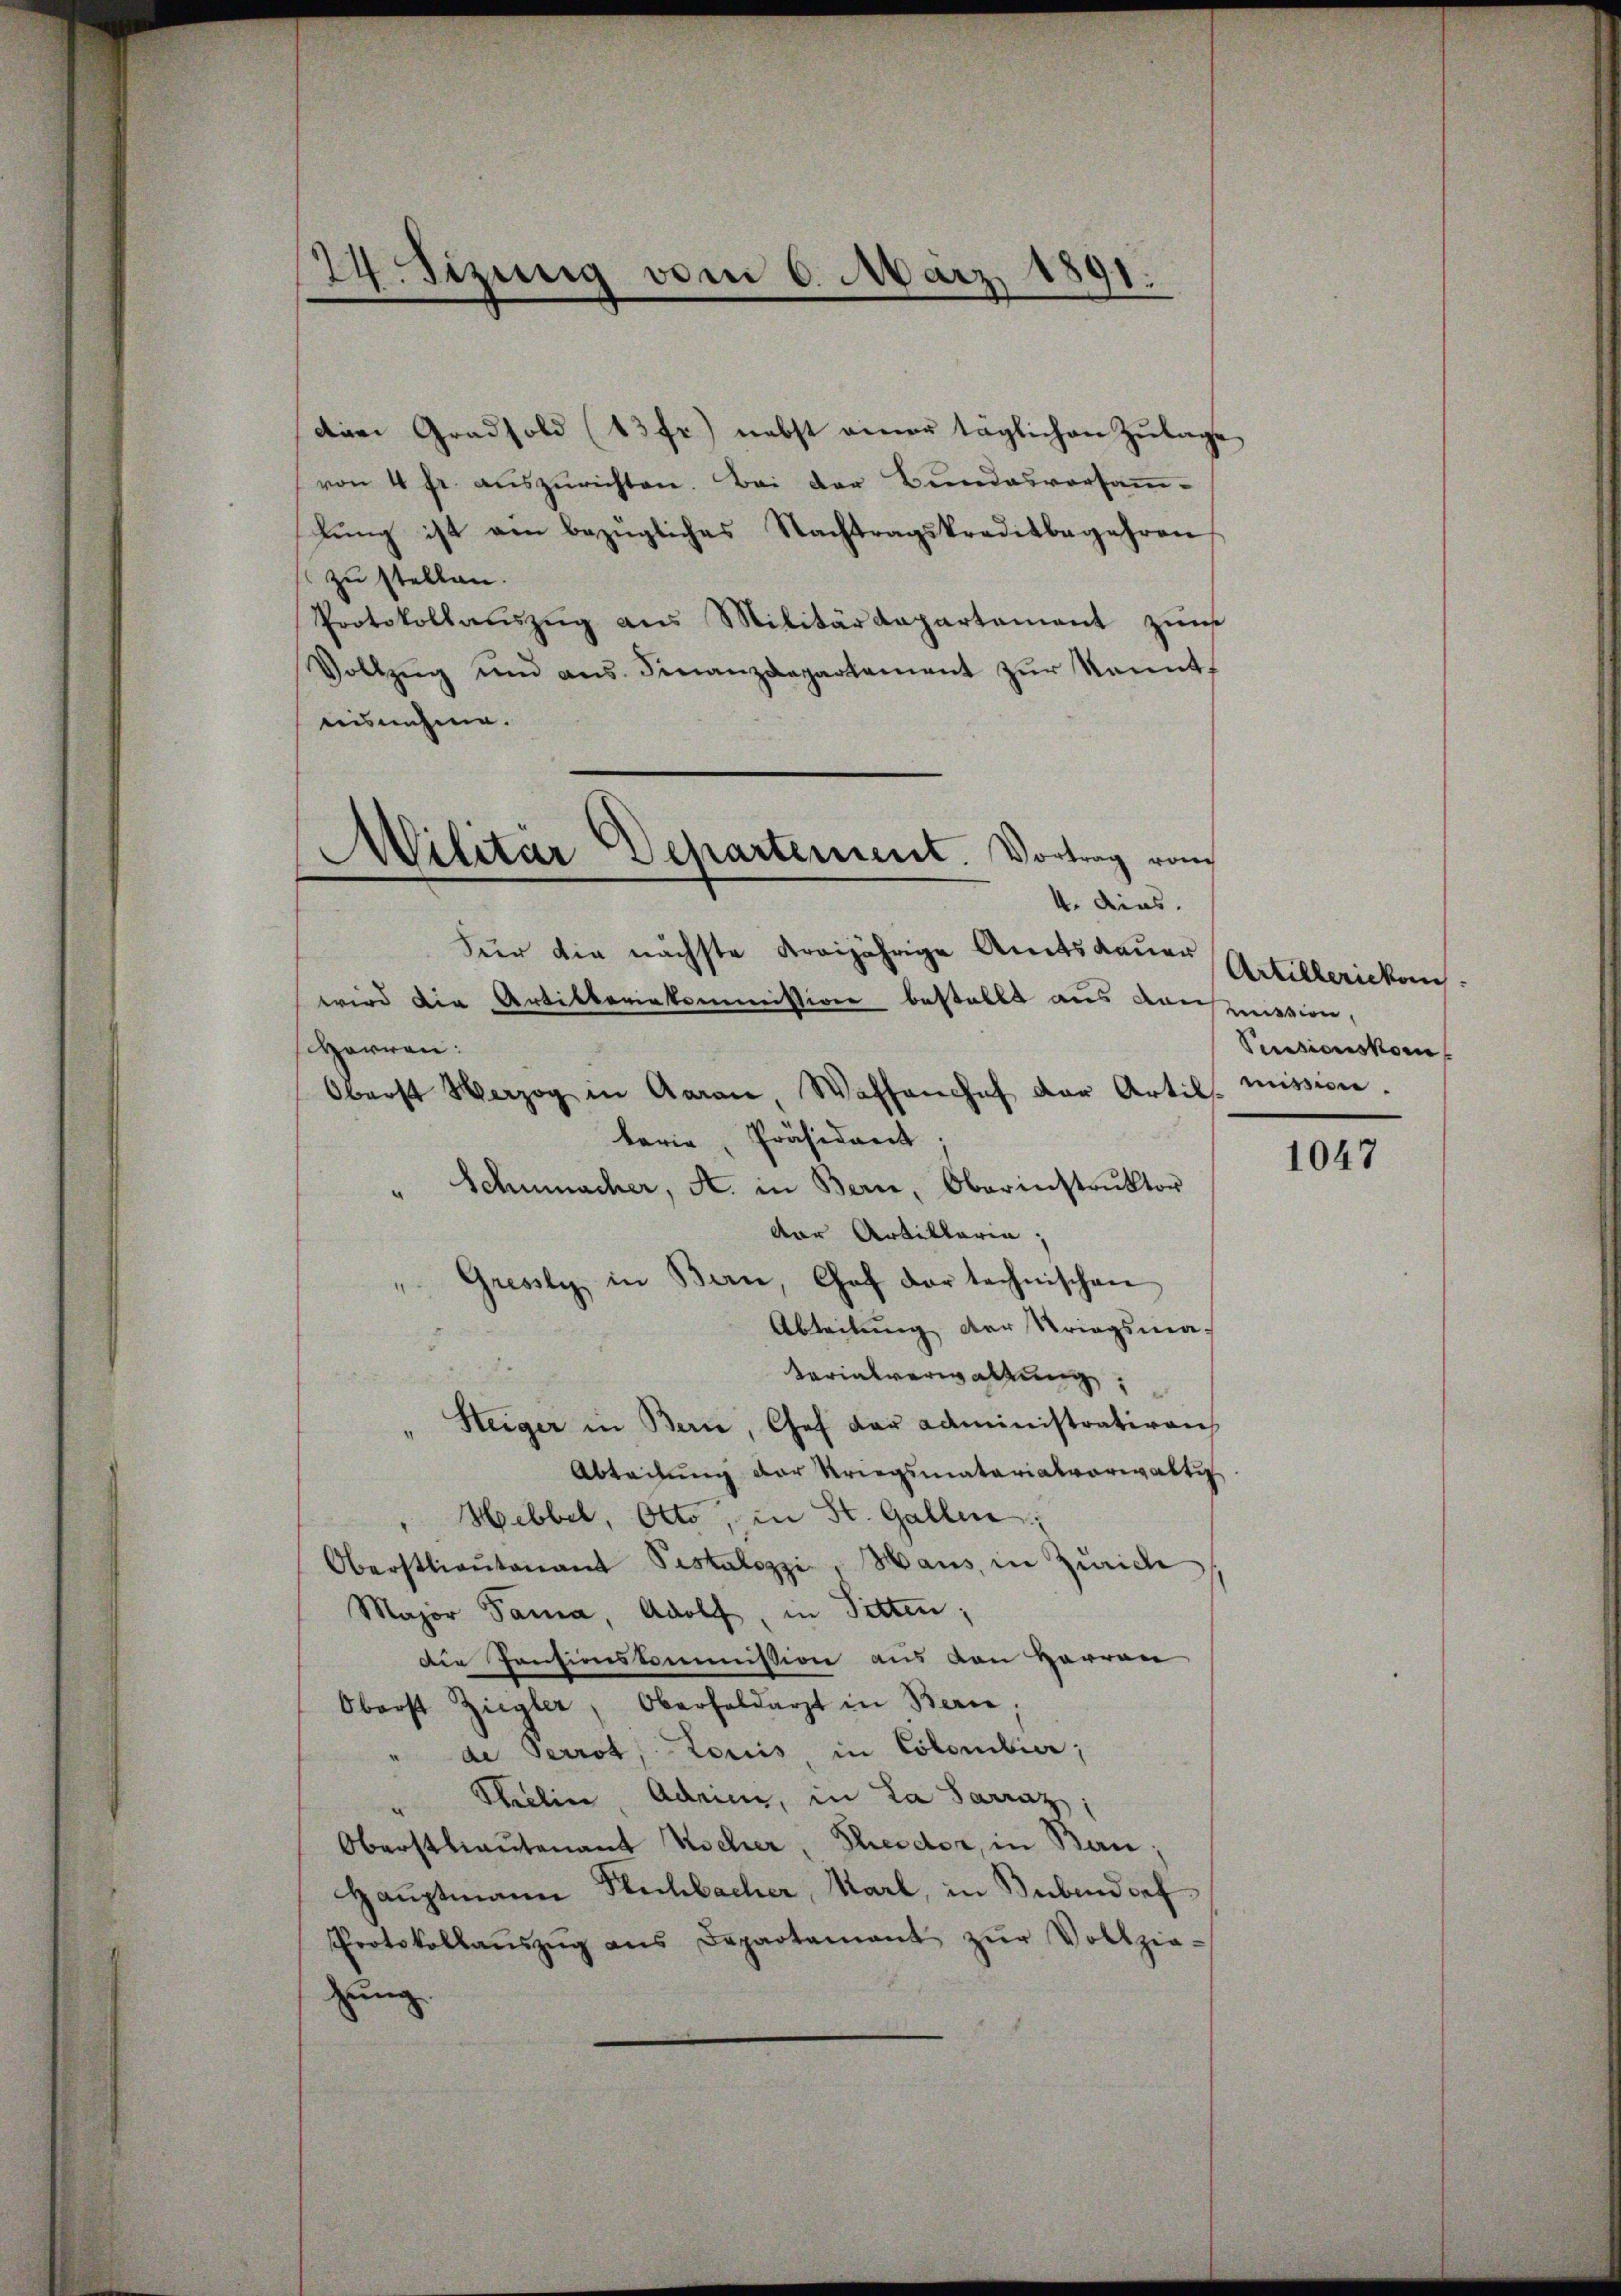
24. Sizung vom 6. März 1891.

die Gradsold (13 fr.) nebst einer täglichen Zulage
von 4 fr. auszurichten. Bei der Bundesvorsammlung ist ein bezügliches Nachtragskreditbegehren
zu stellen.
Protokollaŭszŭg ans Militärdepartement zum
Vollzŭg und ans. Finanzdepartement zŭr kannt,
aisnehme.
Für die nächste dreijährige Amtsdauer
wird die Artiktoriekommissiven bestellt aus Kamerien,
Harran:
Oberst Herzog in Aarau, Waffenhof der Artil mission
barie, Präsident:
Schmacher, A. in Bern, Oberinstruktor
dar Artillaria,
Gressly, in Bern, Chef der technischen
Abteilung der Kriegsma-
Varialverwaltung,
"Steiger in Bern, Chef der administrativen
Abteilung der Kriegsmaterialvorwaltig
Hebbel, Otto, in St. Gallen
Oberstlieutenant Pestalozzi, Haus, in Zürich
Major Fama, Adolf, in Sitten,
die Pensionskommission aus von Herren
Oberst Ziegler, Oberfeldarzt in Bern,
" de Perrot, Louis in Colombier;
Thelin, Adrien, in La Sarraz
Oberstlieutenant Kocher, Scheider, in Bern:
Haŭptmann Flechbacher, Marl, in Bubendorf
Protokollaŭszŭg ans Departamant zŭr Vollzie-
zung

Militär Departement. Vortrag vom
4. dies.

Artillericken
Pensionskom

1047